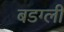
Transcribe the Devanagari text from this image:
बडग्ली